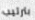
بترتيب